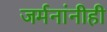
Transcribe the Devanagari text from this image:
जर्मनांनीही